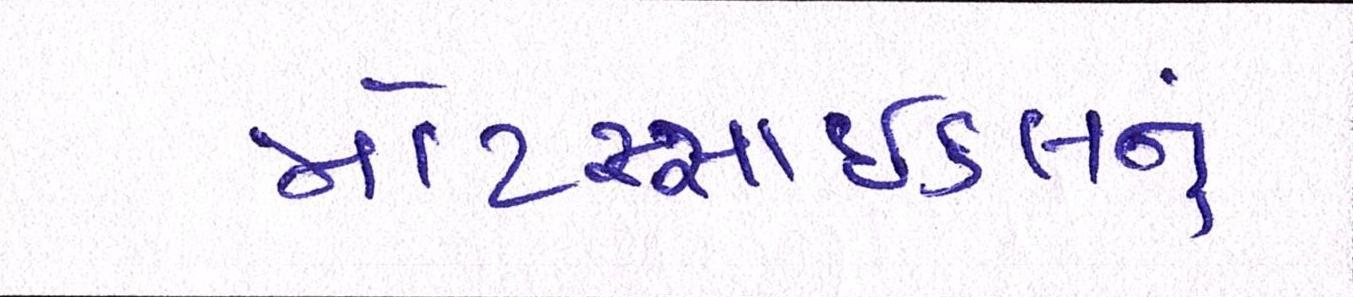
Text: મોટરસાઇકલનું